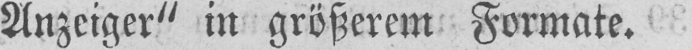
Anzeiger“ in größerem Formate.